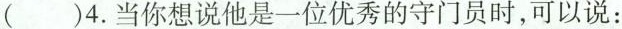
( )4. 当你想说他是一位优秀的守门员时,可以说: